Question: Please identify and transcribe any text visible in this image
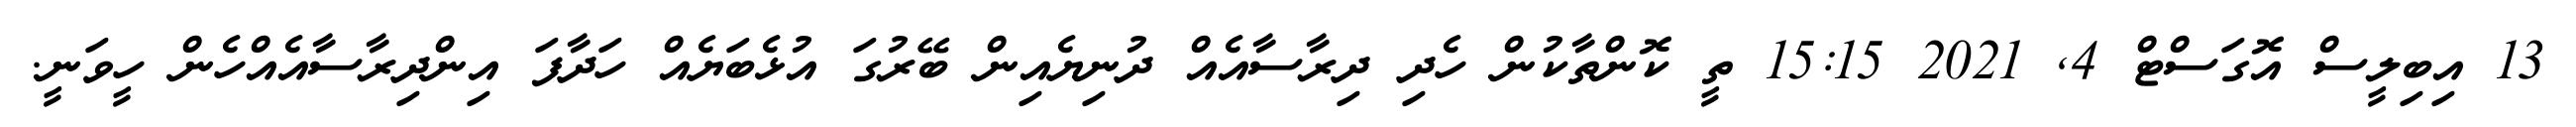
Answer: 13 އިބިލީސް އޮގަސްޓް 4, 2021 15:15 ތީ ކޮންތާކުން ހެދި ދިރާސާއެއް ދުނިޔެއިން ބޭރުގަ އުޅެބަޔެއް ހަދާފަ އިންދިރާސާއެއްހެން ހީވަނީ.